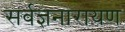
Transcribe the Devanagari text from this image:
सर्वज्ञनारायण